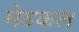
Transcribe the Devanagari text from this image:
मेडकल